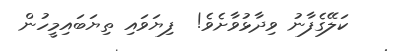
ކަލޭގެފާނު ވިދާޅުވާށެވެ!  ފިޔަވައި ތިޔަބައިމީހުން